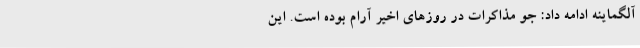
آلگماینه ادامه داد: جو مذاکرات در روزهای اخیر آرام بوده است. این